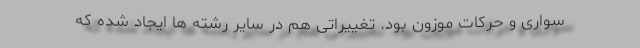
سواری و حرکات موزون بود. تغییراتی هم در سایر رشته ها ایجاد شده که